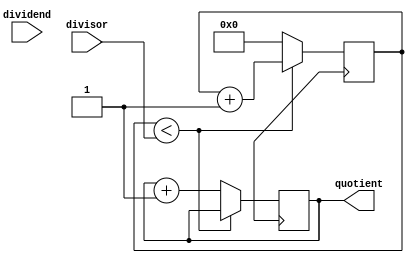
module CounterBasedDivider (
    input wire [7:0] dividend,
    input wire [7:0] divisor,
    output reg [7:0] quotient
);

reg [7:0] remainder;
reg [7:0] counter;

always @(posedge clk) begin
    if (counter < divisor) begin
        counter <= counter + 1;
        remainder <= remainder - divisor;
    end else begin
        counter <= 0;
        quotient <= quotient + 1;
    end
end

endmodule